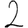
Digit: 2